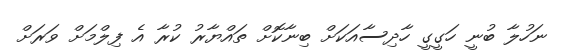
ނަހުލާ ބުނީ ހަގީގީ ހާދިސާއަކަށް ބިނާކޮށް ތައްޔާރު ކުރާ އެ ފިލްމަށް ވަރަށް